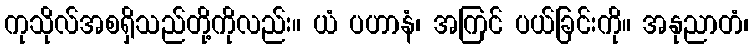
ကုသိုလ်အစရှိသည်တို့ကိုလည်း။ ယံ ပဟာနံ၊ အကြင် ပယ်ခြင်းကို။ အနုညာတံ၊